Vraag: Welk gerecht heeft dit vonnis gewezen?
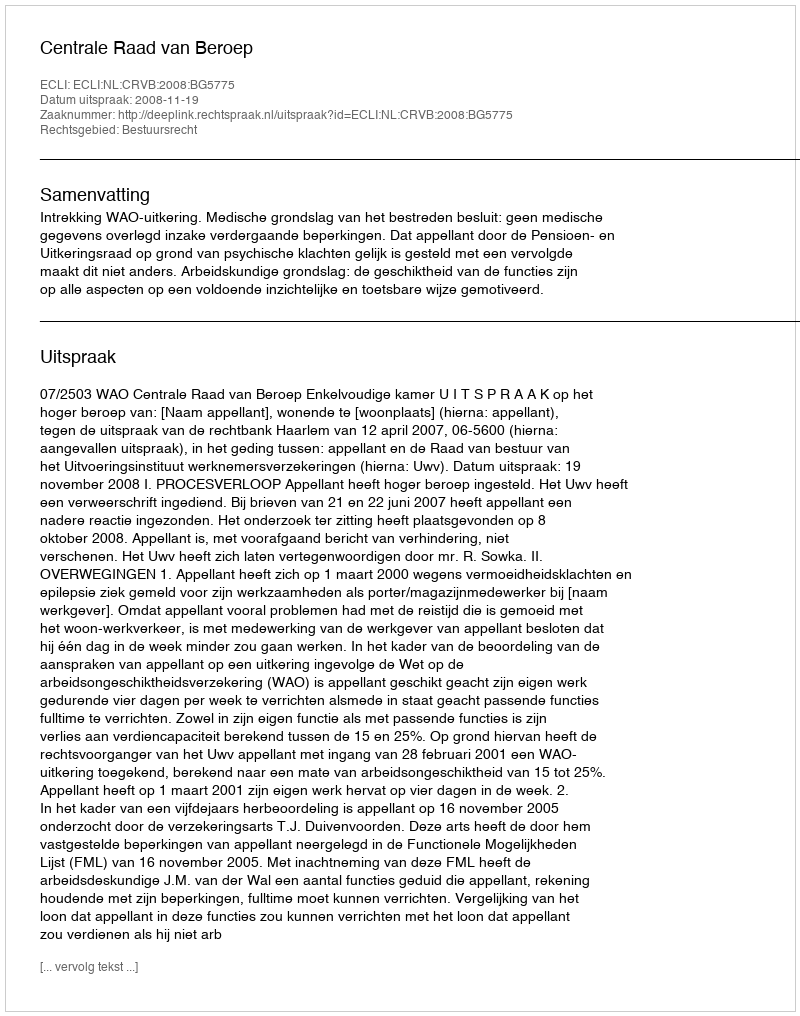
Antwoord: Centrale Raad van Beroep